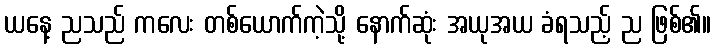
ယနေ့ ညသည် ကလေး တစ်ယောက်ကဲ့သို့ နောက်ဆုံး အယုအယ ခံရသည့် ည ဖြစ်၏။